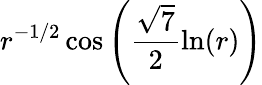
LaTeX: r^{-1/2}\cos\left(\frac{\sqrt{7}}{2}\ln(r)\right)